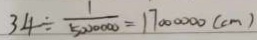
3 4 \div \frac { 1 } { 5 0 0 0 0 0 0 } = 1 7 0 0 0 0 0 0 ( c m )